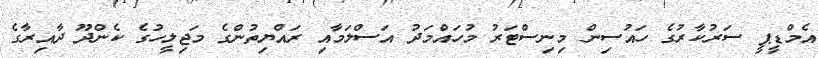
އެމްޑީޕީ ސަރުކާރުގެ ހައުސިން މިނިސްޓަރު މުހައްމަދު އަސްލަމާއި ރައްޔިތުންގެ މަޖިލީހުގެ ކެންދޫ ދާއިރާގެ